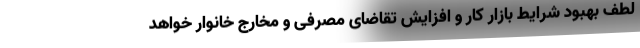
لطف بهبود شرایط بازار کار و افزایش تقاضای مصرفی و مخارج خانوار خواهد